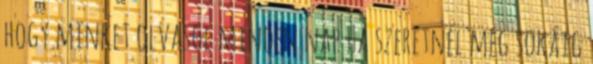
hogy minket olvasol minden nap Ha szeretnél még sokáig